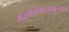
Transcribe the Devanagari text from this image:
महापापात्प्रमुच्यते